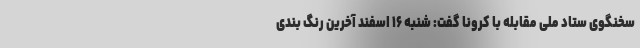
سخنگوی ستاد ملی مقابله با کرونا گفت: شنبه ۱۶ اسفند آخرین رنگ بندی